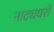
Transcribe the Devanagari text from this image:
नाट्यघरों